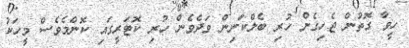
ހީވާ ގޮތުން ޖެހިގެން ހުރި ބެލްކަނިން ވަދެވެން ހުރި ކޮޓަރީގައި ކޮންމެވެސް މީހަކު